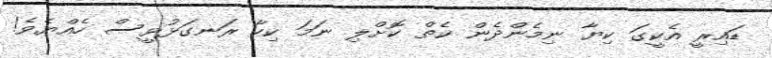
ޑައިރީ އެކީގަ ކިޔާ ނިމެންދެން ކެތް ކޮށްލި ނަމަ ކިހާ ރަނގަޅުވީސް ހެއްޔެވެ!